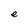
Character: e